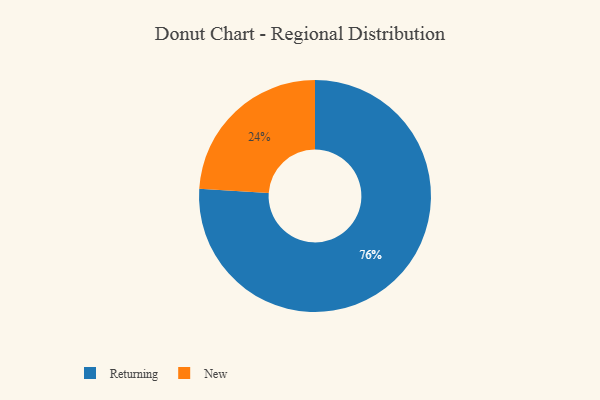
{"axis": {"x": "Category", "y": "Percentage"}, "legend": ["New", "Returning"], "data": [{"x": "New", "y": 24, "type": "New"}, {"x": "Returning", "y": 76, "type": "Returning"}]}